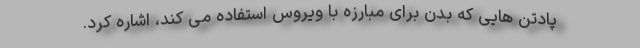
پادتن هایی که بدن برای مبارزه با ویروس استفاده می کند، اشاره کرد.